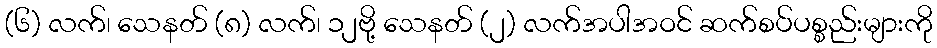
(၆) လက်၊ သေနတ် (၈) လက်၊ ၁၂ဗို့ သေနတ် (၂) လက်အပါအဝင် ဆက်စပ်ပစ္စည်းများကို